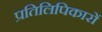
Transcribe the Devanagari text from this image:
प्रतिलिपिकारों